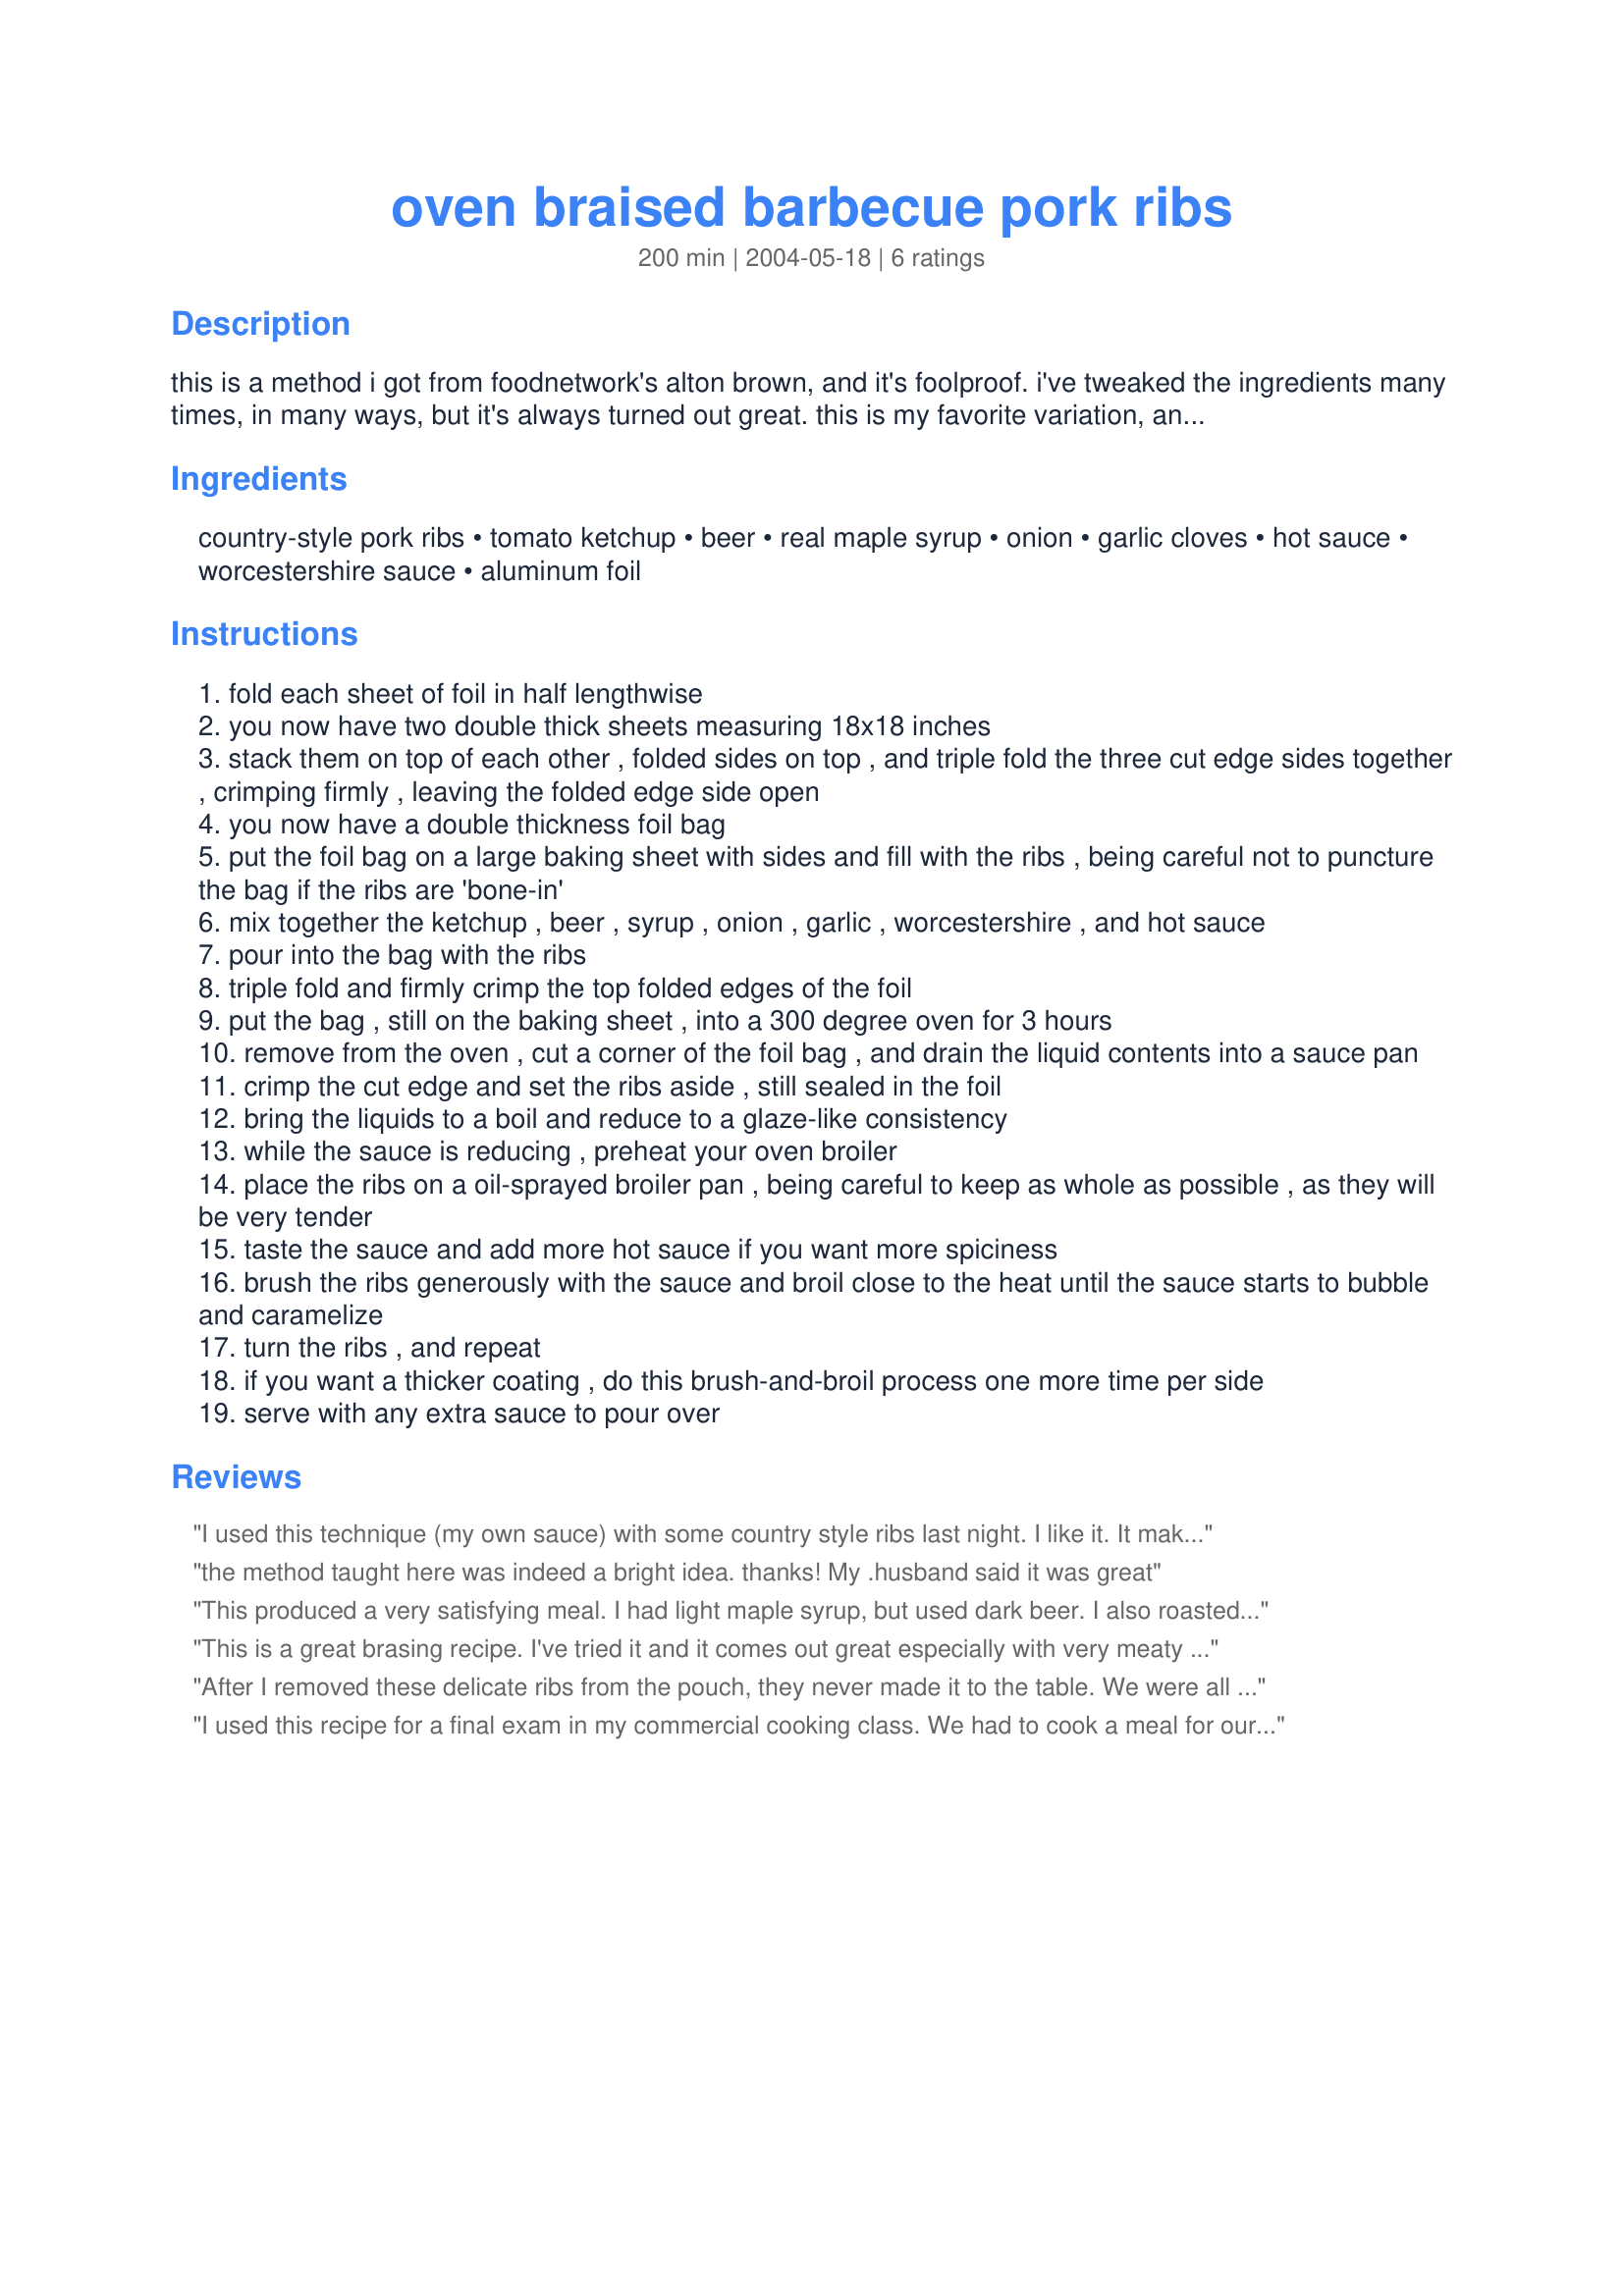
oven braised barbecue pork ribs
Preparation time: 200 minutes

this is a method i got from foodnetwork's alton brown, and it's foolproof. i've tweaked the ingredients many times, in many ways, but it's always turned out great. this is my favorite variation, and the only way i make barbecued country ribs.

Ingredients:
country-style pork ribs, tomato ketchup, beer, real maple syrup, onion, garlic cloves, hot sauce, worcestershire sauce, aluminum foil

Steps:
fold each sheet of foil in half lengthwise
you now have two double thick sheets measuring 18x18 inches
stack them on top of each other , folded sides on top , and triple fold the three cut edge sides together , crimping firmly , leaving the folded edge side open
you now have a double thickness foil bag
put the foil bag on a large baking sheet with sides and fill with the ribs , being careful not to puncture the bag if the ribs are 'bone-in'
mix together the ketchup , beer , syrup , onion , garlic , worcestershire , and hot sauce
pour into the bag with the ribs
triple fold and firmly crimp the top folded edges of the foil
put the bag , still on the baking sheet , into a 300 degree oven for 3 hours
remove from the oven , cut a corner of the foil bag , and drain the liquid contents into a sauce pan
crimp the cut edge and set the ribs aside , still sealed in the foil
bring the liquids to a boil and reduce to a glaze-like consistency
while the sauce is reducing , preheat your oven broiler
place the ribs on a oil-sprayed broiler pan , being careful to keep as whole as possible , as they will be very tender
taste the sauce and add more hot sauce if you want more spiciness
brush the ribs generously with the sauce and broil close to the heat until the sauce starts to bubble and caramelize
turn the ribs , and repeat
if you want a thicker coating , do this brush-and-broil process one more time per side
serve with any extra sauce to pour over

Reviews:
I used this technique (my own sauce) with some country style ribs last night. I like it. It makes a lot of sense to me to braise first and then finish with a broiled/grilled on glaze. I just wish it didn't take so long to reduce the sauce -- I was anxious after waiting hours for the ribs ;-) Will make again.
the method taught here was indeed a bright idea. thanks! My .husband said it was great
This produced a very satisfying meal. I had light maple syrup, but used dark beer. I also roasted the meat in a foil-covered pan, rather than in a foil bag because of the unavailablity of heavy duty foil. The ribs were tender and the sauce very good. Thank you for posting this recipe.
This is a great brasing recipe. I've tried it and it comes out great especially with very meaty ribs. Didn't reduce the sauce though just added my own BBQ sauce at the end.
After I removed these delicate ribs from the pouch, they never made it to the table. We were all eating the ribs on the kitchen cutting board with our fingers!
I used this recipe for a final exam in my commercial cooking class. We had to cook a meal for our teachers and i chose this as the main course. It was delicious and I paased with flying colours!
